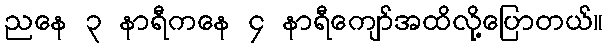
ညနေ ၃ နာရီကနေ ၄ နာရီကျော်အထိလို့ပြောတယ်။